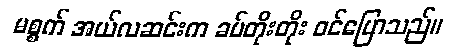
မစ္စက် အယ်လဆင်းက ခပ်တိုးတိုး ဝင်ပြောသည်။